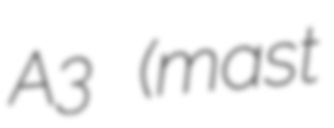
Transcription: A3 (mast